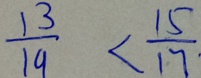
\frac { 1 3 } { 1 9 } < \frac { 1 5 } { 1 7 }